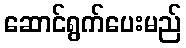
ဆောင်ရွက်ပေးမည်